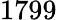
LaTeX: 1799